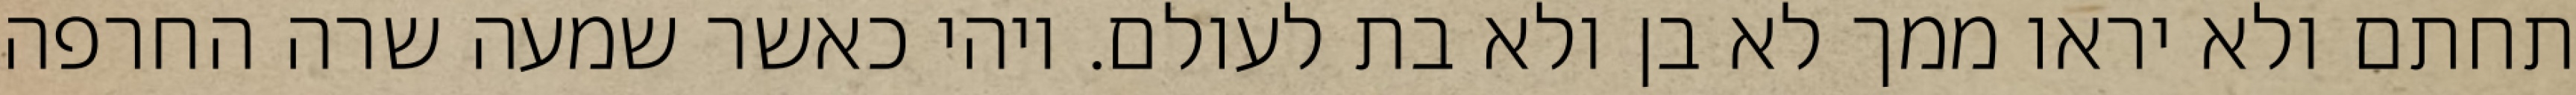
תחתם ולא יראו ממך לא בן ולא בת לעולם. ויהי כאשר שמעה שרה החרפה